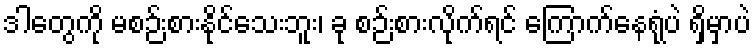
ဒါတွေကို မစဉ်းစားနိုင်သေးဘူး၊ ခု စဉ်းစားလိုက်ရင် ကြောက်နေရုံပဲ ရှိမှာပဲ